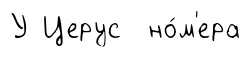
У Церус но́м'ера